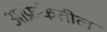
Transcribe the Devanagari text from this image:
आफ्रेकेतील